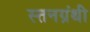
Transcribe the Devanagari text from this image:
स्तनग्रंथी